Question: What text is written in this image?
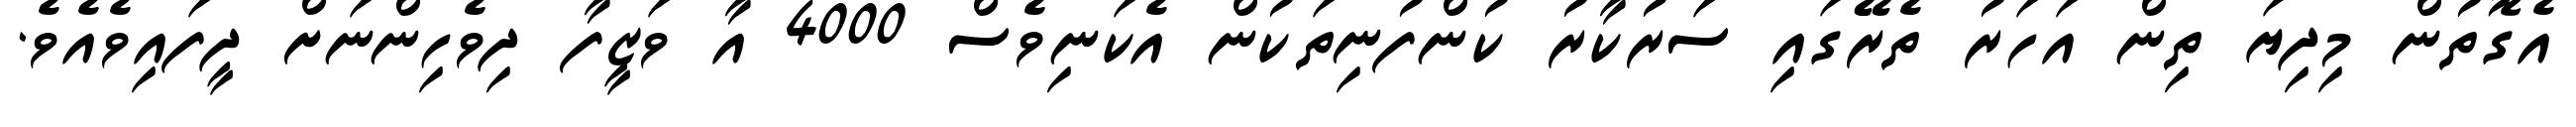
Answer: އެގޮތުން މިދިޔަ ތިން އަހަރު ތެރޭގައި ސަރުކާރު ކުންފުނިތަކުން އެކަނިވެސް 4000 އާ ވަޒީފާ ދިވެހިންނަށް ދީފައިވެއެވެ.